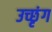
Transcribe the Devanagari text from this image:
उच्छृंग